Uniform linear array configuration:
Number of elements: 8
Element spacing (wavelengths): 1
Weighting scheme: kaiser
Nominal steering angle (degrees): -15
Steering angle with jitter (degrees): -15.087
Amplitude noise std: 0.05
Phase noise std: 0.05

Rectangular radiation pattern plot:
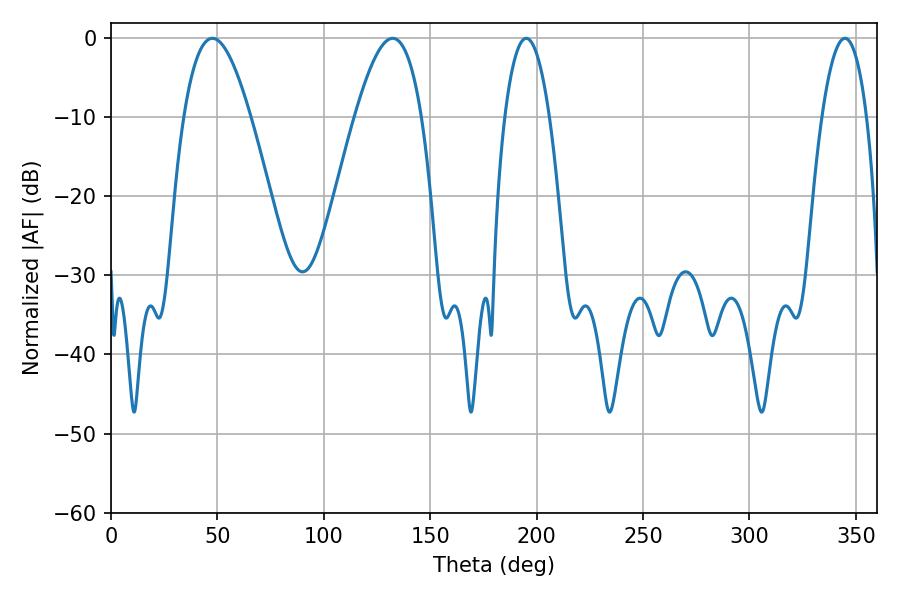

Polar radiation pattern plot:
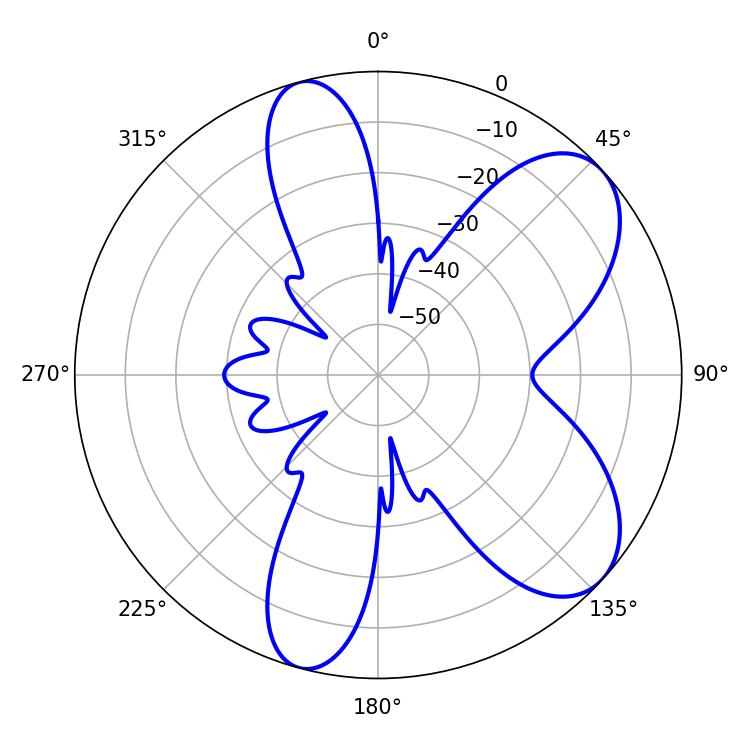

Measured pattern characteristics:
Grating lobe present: TRUE
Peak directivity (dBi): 7.355
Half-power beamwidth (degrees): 11.7
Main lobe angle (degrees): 195.12